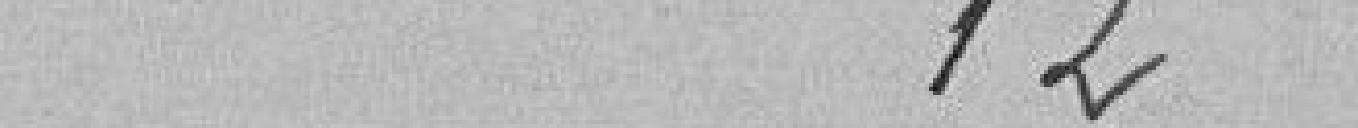
12